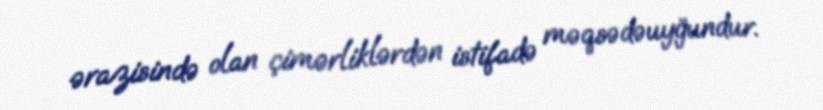
ərazisində olan çimərliklərdən istifadə məqsədəuyğundur.